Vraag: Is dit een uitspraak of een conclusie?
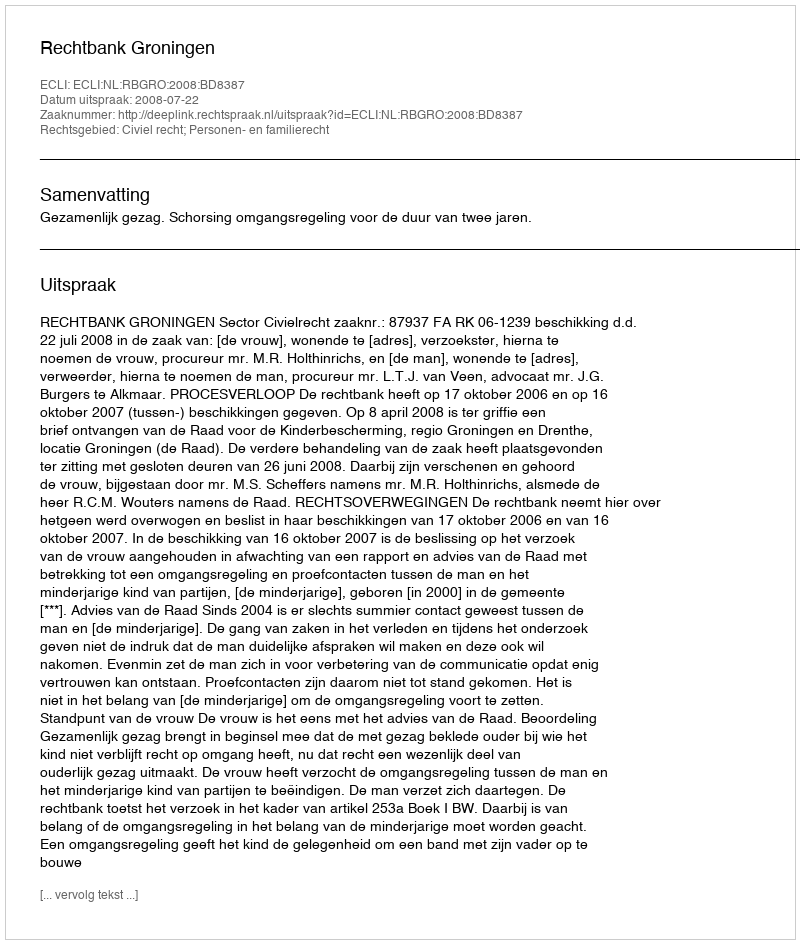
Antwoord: Uitspraak